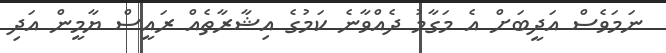
ނަމަވެސް އަދީބަށް އެ މަގާމު ދެއްވާނެ ކަމުގެ އިޝާރާތެއް ރައީސް ޔާމީން އަދި